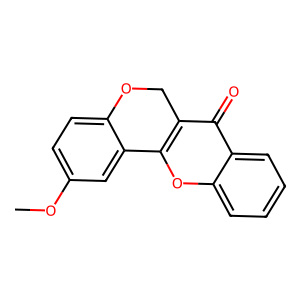
SMILES: COc1ccc2c(c1)-c1oc3ccccc3c(=O)c1CO2
Inhibits HIV replication: No